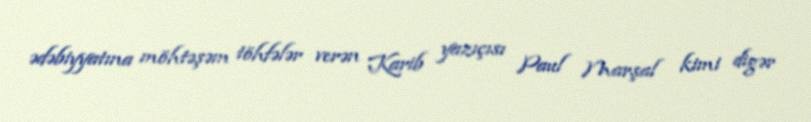
ədəbiyyatına möhtəşəm töhfələr verən Karib yazıçısı Paul Marşal kimi digər